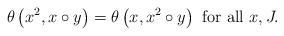
LaTeX: \begin{align*}\theta \left( x^{2},x\circ y\right) =\theta \left( x,x^{2}\circ y\right) \mbox{ for all }x,J. \end{align*}